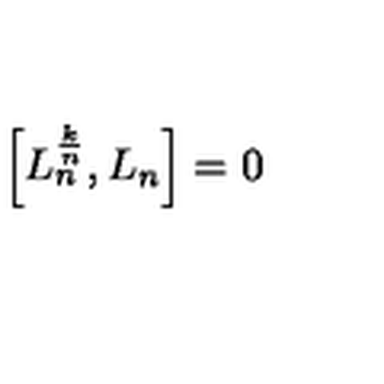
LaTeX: \left[ L _ { n } ^ { \frac { k } { n } } , L _ { n } \right] = 0